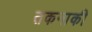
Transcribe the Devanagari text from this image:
तकनाकी